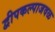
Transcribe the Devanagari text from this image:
द्वीपकल्पाजवळ